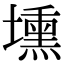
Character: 壎